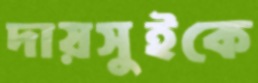
দায়সুইকে